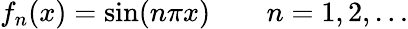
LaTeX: f_{n}(x)=\sin(n\pi x)\qquad n=1,2,\ldots